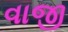
વાજી